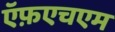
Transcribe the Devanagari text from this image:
ऍफ़एचएम